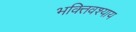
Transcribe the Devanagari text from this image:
भक्तिवश्याय